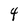
Character: 4